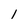
Character: 1